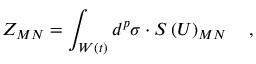
Z _ { M N } = \int _ { W \left( t \right) } d ^ { p } \sigma \cdot S \left( U \right) _ { M N } \quad ,